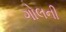
ગોલની